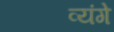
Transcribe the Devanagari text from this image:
व्यंगे